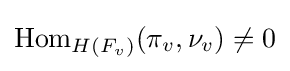
\operatorname {Hom} _{H(F_{v})}(\pi _{v},\nu _{v})\neq 0